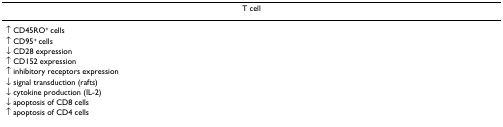
<table><thead><tr><td><b>T cell</b></td></tr></thead><tbody><tr><td>↑ CD45RO<sup>+ </sup>cells</td></tr><tr><td>↑ CD95<sup>+ </sup>cells</td></tr><tr><td>↓ CD28 expression</td></tr><tr><td>↑ CD152 expression</td></tr><tr><td>↑ inhibitory receptors expression</td></tr><tr><td>↓ signal transduction (rafts)</td></tr><tr><td>↓ cytokine production (IL-2)</td></tr><tr><td>↓ apoptosis of CD8 cells</td></tr><tr><td>↑ apoptosis of CD4 cells</td></tr></tbody></table>